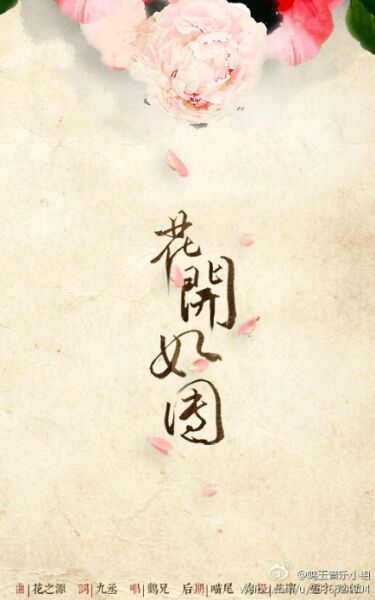
四月清和雨乍晴，南山当户转分明。